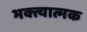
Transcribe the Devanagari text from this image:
भक्त्यात्मक